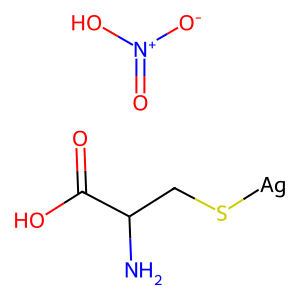
SMILES: NC(CS[Ag])C(=O)O.O=[N+]([O-])O
Inhibits HIV replication: No